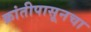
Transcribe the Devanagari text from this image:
क्रांतीपासूनचा